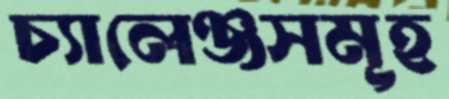
চ্যালেঞ্জসমূহ